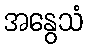
အနွေသံ